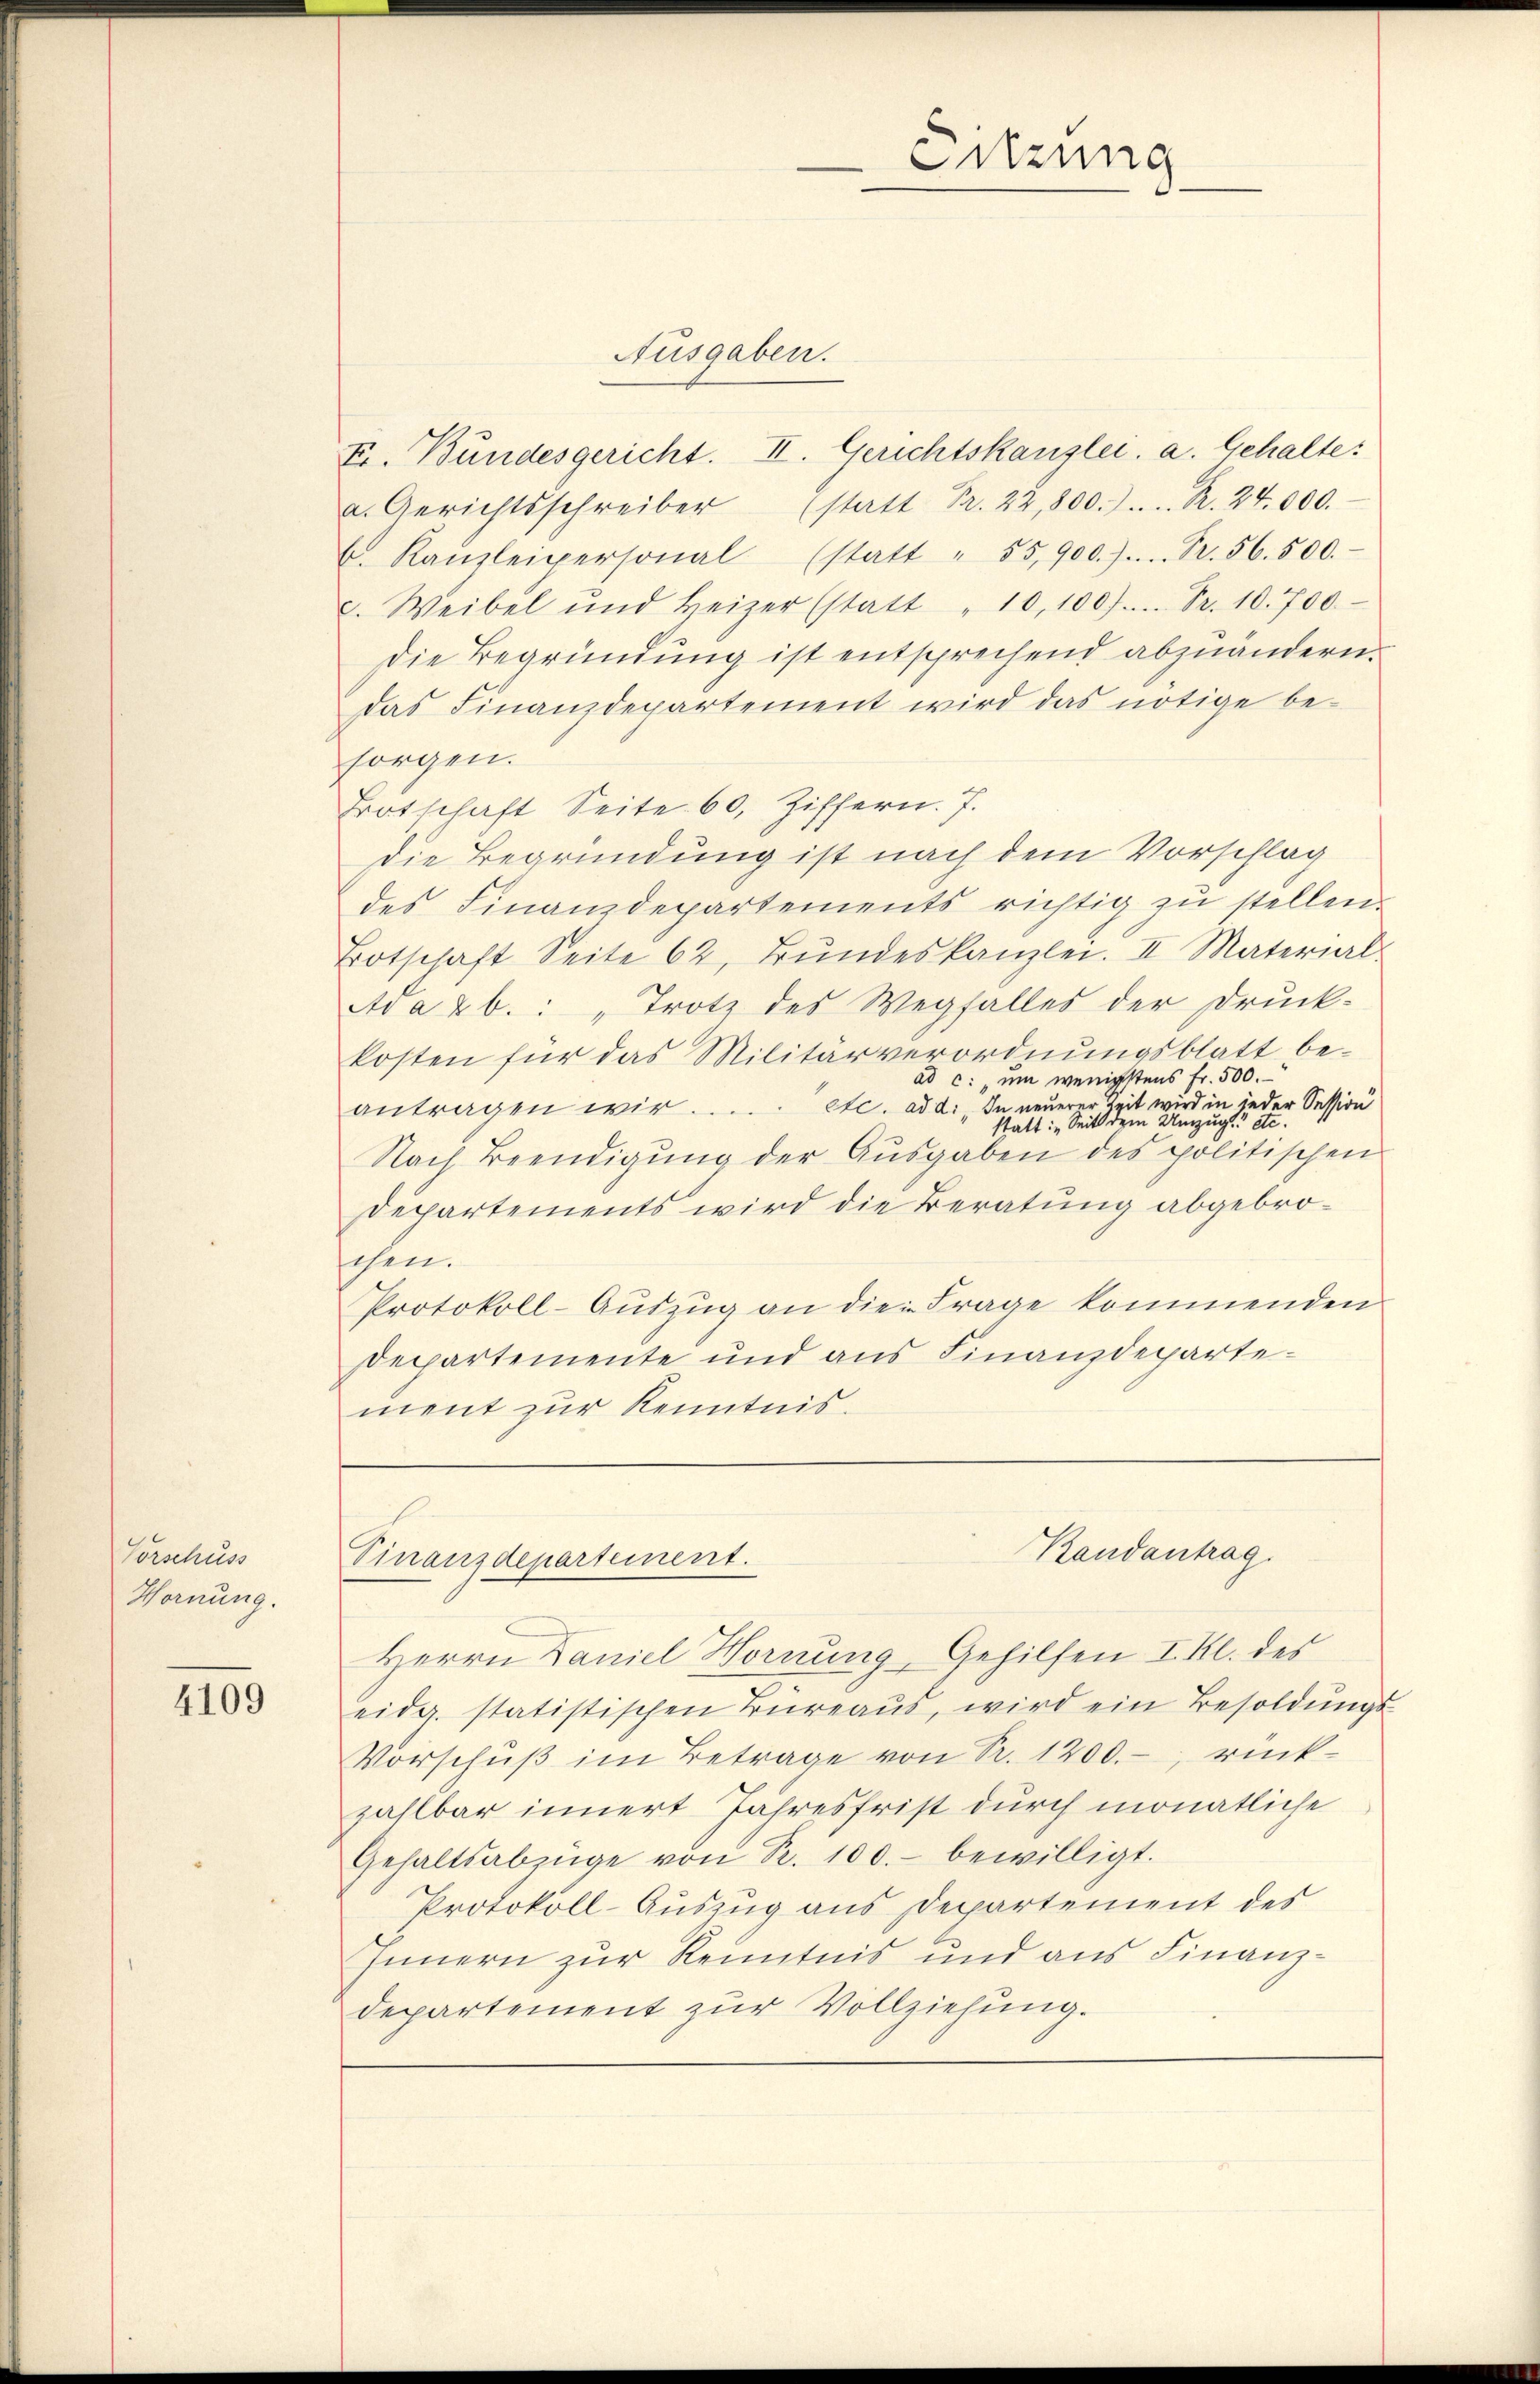
Vorschuss
Hornung.

4109

Ausgaben.

Fr. Bundesgericht. II. Gerichtskanzlei. a. Gehalte
a. Gerichtsschreiber (statt Fr. 22,800.) ... R. 24,000.
b. Kanzleipersonal (statt " 55,900.) .... Fr. 56. 500.
c. Weibel und Heizer (statt " 10,100. Fr. 10. 700.
Die Begründung ist entsprechend abzuändern.
das Finanzdepartement wird das nötige be-
sorgen.
Botschaft Seite 60, Ziffern. J.
die Begründung ist nach dem Vorschlag
des Finanzdepartements richtig zu stellen.
Totschaft Seite 62, Bŭndeskanzlei. II Material-
Ada 2b.: „Trotz des Wegfalles der Druck-
kosten für das Militärverordnungsblatt be-
ad c. um wenigstens Fr. 500.
antragen wir..... etc. ad 2., In neuerer Zeit wird in jeder Session
statt: „Seit dem Umzug etc.
Nach Beendigŭng der Aŭsgaben des politischen
Departements wird die Beratung abgebrochen.
Protokoll-Aŭszŭg an die Frage kommenden
Departemente und aus Finanzdepartement zur Kenntnis.

Finanzdepartement.

Sitzung

Randantrag.

Herrn Daniel Hornung, Gehilfen I. Kl. des
eidg. statistischen Türeaŭs, wird ein Besoldŭngs-
Vorschŭβ im Betrage von Nr. 1200.-, rückzahlbar innert Jahresfrist durch monatliche
Gehaltsabzüge von R. 100.- bewilligt.
Protokoll-Auszug aus Departement des
Innern zur Kenntnis und aus Finanzdepartement zŭr Vollziehung.